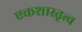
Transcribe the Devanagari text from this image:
एकशास्तृत्व